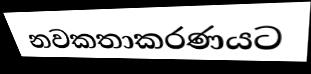
නවකතාකරණයට